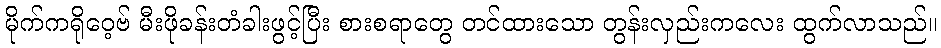
မိုက်ကရိုဝေ့ဗ် မီးဖိုခန်းတံခါးဖွင့်ပြီး စားစရာတွေ တင်ထားသော တွန်းလှည်းကလေး ထွက်လာသည်။